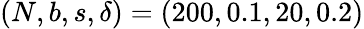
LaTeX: (N,b,s,\delta)=(200,0.1,20,0.2)